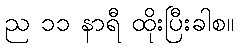
ည ၁၁ နာရီ ထိုးပြီးခါစ။